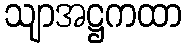
သျာအဋ္ဌကထာ